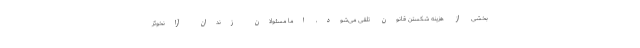
بخشی از هزینه شکستن قانون تلقی می‌شود، اما مسئولان زندان آرانخوئز